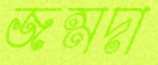
জন্মদা